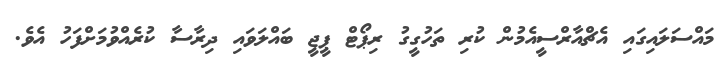
މައްސަލައިގައި އެޗްއާރްސީއެމުން ކުރި ތަހުގީގު ރިޕޯޓް ޕީޖީ ބައްލަވައި ދިރާސާ ކުރެއްވުމަށްފަހު އެވެ.